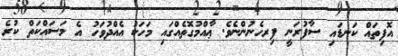
އޮފިތައް ކަނޑައި ސާފުރަނީ ފިރހެނުންނެވެ. ޢާއްމުގޮތެއްގައި މަހަކު އެއްދުވަހު އެ މަސައްކަތް ކުރެ